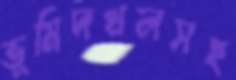
ভূমিদখলসহ